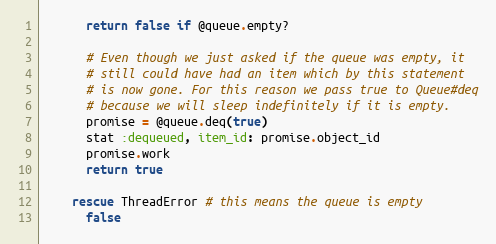
Language: Ruby
      return false if @queue.empty?

      # Even though we just asked if the queue was empty, it
      # still could have had an item which by this statement
      # is now gone. For this reason we pass true to Queue#deq
      # because we will sleep indefinitely if it is empty.
      promise = @queue.deq(true)
      stat :dequeued, item_id: promise.object_id
      promise.work
      return true

    rescue ThreadError # this means the queue is empty
      false